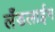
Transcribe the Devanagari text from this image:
लँडलाईन